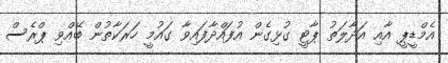
އެމްޑީޕީ އާއި އަދާލަތު ޕާޓީ ގުޅިގެން އުފައްދާފައިވާ ގައުމީ ހަރަކާތުން ބޭއްވި ޕްރެސް